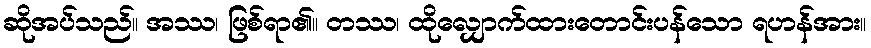
ဆိုအပ်သည်။ အဿ၊ ဖြစ်ရာ၏။ တဿ၊ ထိုလျှောက်ထားတောင်းပန်သော ရဟန်အား။